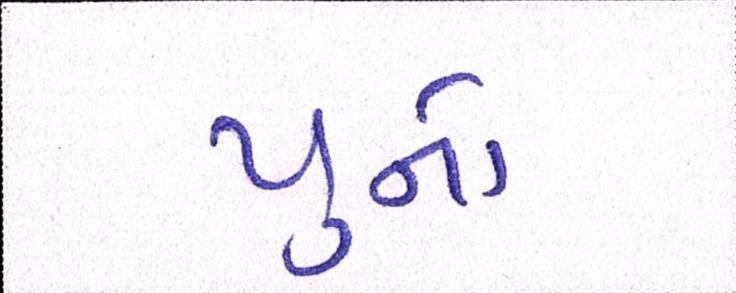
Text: યુનો